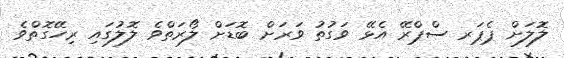
ލޮލަށް ޕެޕަރ ސްޕްރޭ އެޅޭ ވަގުތު ވަރަށް ބޮޑަށް ލޯރަތްވެ ލޮލުގައި ރިހޭގޮތްވެ